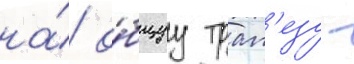
на́ о́бщуу трап'езу -